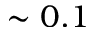
\sim 0 . 1